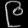
Digit: ၉